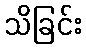
သိခြင်း